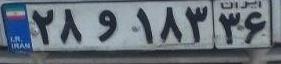
۲۸و۱۳۳۶